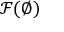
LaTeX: { \mathcal { F } } ( \emptyset )